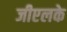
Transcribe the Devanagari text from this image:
जीएलके